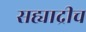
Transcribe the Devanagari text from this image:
सह्याद्रीच